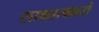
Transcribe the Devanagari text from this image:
साक्षात्कारो